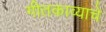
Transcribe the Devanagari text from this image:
गीतकाव्याचे